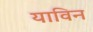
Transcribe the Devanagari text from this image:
याविन